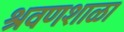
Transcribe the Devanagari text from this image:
श्रवणशाळा